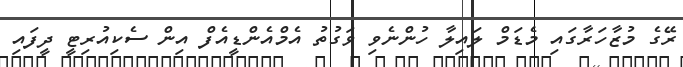
ރޭގެ މުޒާހަރާގައި މެޑަމް ލައިލާ ހުންނެވި ވަގުތު އެމްއެންޑީއެފް އިން ސެކިއުރިޓީ ދީފައި